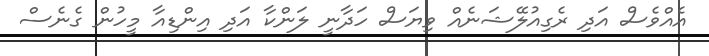
އެއްވެސް އަދި ރެގިއުލޭޝަނެއް ވިޔަސް ހަދާނީ ލަންކާ އަދި އިންޑިއާ މީހުން ގެނެސް